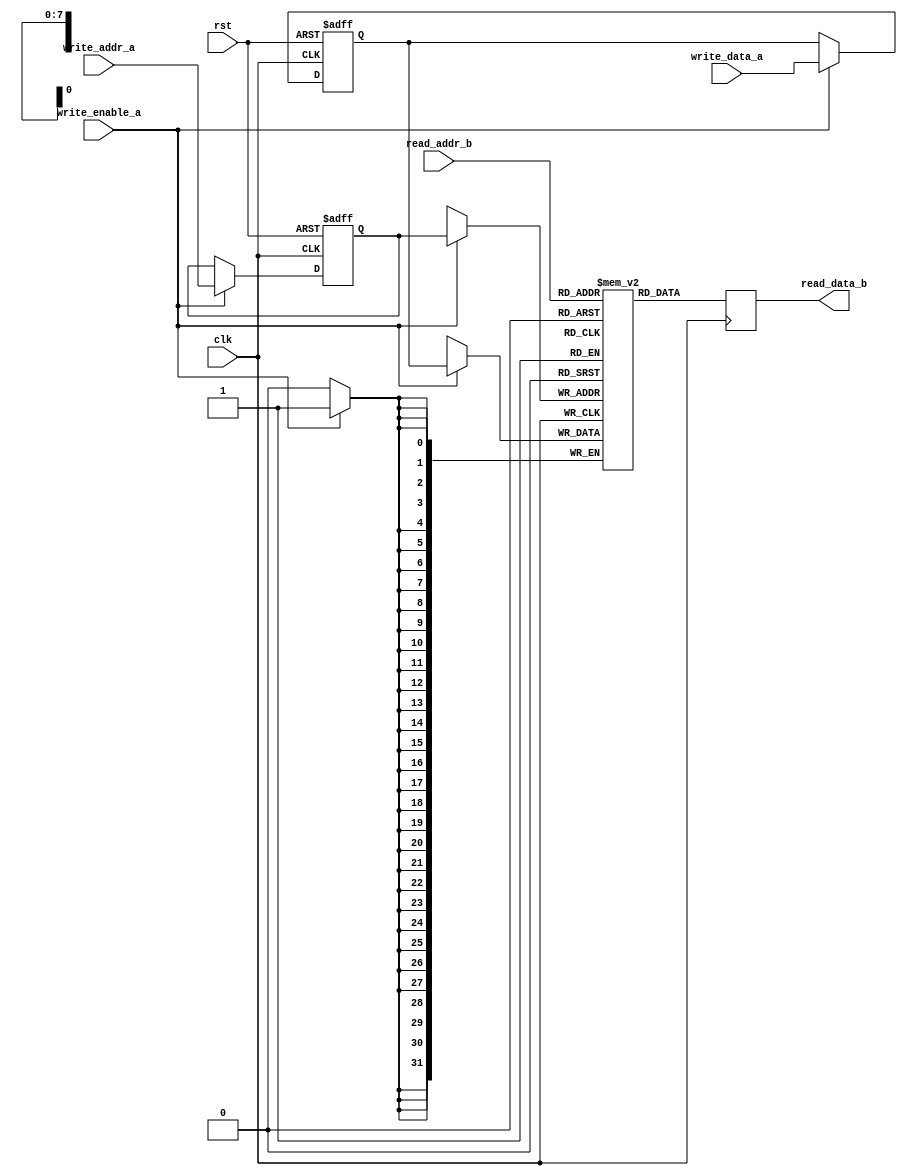
module pipelined_ram #(
    parameter DATA_WIDTH = 32, // Width of the data bus (e.g., 8, 16, 32, 64)
    parameter DEPTH = 256       // Number of memory locations
)(
    input wire clk,
    input wire rst,
    // Port A: Write
    input wire [DATA_WIDTH-1:0] write_data_a,
    input wire [clog2(DEPTH)-1:0] write_addr_a,
    input wire write_enable_a,
    // Port B: Read
    output reg [DATA_WIDTH-1:0] read_data_b,
    input wire [clog2(DEPTH)-1:0] read_addr_b
);

    // Memory array
    reg [DATA_WIDTH-1:0] ram [0:DEPTH-1];

    // Pipeline registers
    reg [DATA_WIDTH-1:0] write_data_pipeline;
    reg [clog2(DEPTH)-1:0] write_addr_pipeline;

    // Write operation with pipelining
    always @(posedge clk or posedge rst) begin
        if (rst) begin
            write_data_pipeline <= 0;
            write_addr_pipeline <= 0;
        end else begin
            if (write_enable_a) begin
                // Capture data and address in pipeline
                write_data_pipeline <= write_data_a;
                write_addr_pipeline <= write_addr_a;
            end
        end
    end

    // Memory write operation
    always @(posedge clk) begin
        if (write_enable_a) begin
            ram[write_addr_pipeline] <= write_data_pipeline;
        end
    end

    // Read operation
    always @(posedge clk) begin
        read_data_b <= ram[read_addr_b];
    end

    // Function to calculate log2
    function integer clog2(input integer value);
        integer i;
        begin
            clog2 = 0;
            for (i = 0; (1 << i) < value; i = i + 1) begin
                clog2 = i + 1;
            end
        end
    endfunction

endmodule